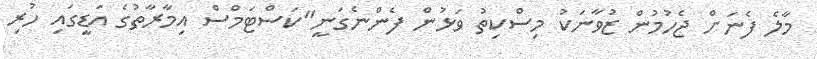
މާލެ ފެނަށް ޖެހުމުން ޒުވާނަކު މިސްކިތު ވަޅުން ފެންނެގަނީ"ކަސްޓަމްސް އިމާރާތުގެ އަޑީގައި ހުރި